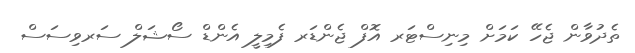
ތެދުވާން ޖެހޭ ކަމަށް މިނިސްޓަރ އޮފް ޖެންޑަރ ފެމިލީ އެންޑް ސޯޝަލް ސަރވިސަސް